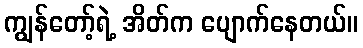
ကျွန်တော့်ရဲ့ အိတ်က ပျောက်နေတယ်။